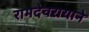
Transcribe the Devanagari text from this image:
रामदेवरायाने